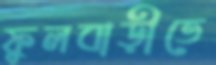
ফুলবাড়ীতে